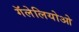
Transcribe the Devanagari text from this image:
गॅलेलियोओ